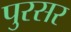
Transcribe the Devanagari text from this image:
पुरसर